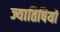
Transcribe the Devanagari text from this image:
ज्यातिषियों